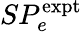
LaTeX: SP_{e}^{\mathrm{expt}}